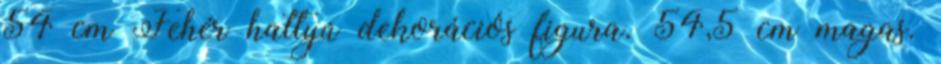
54 cm Fehér hattyú dekorációs figura. 54,5 cm magas.